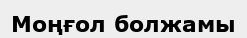
Моңғол болжамы